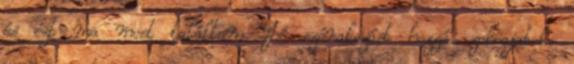
és ezt ma most találtam. Jó szórakozást hozzá. zokogjatok: